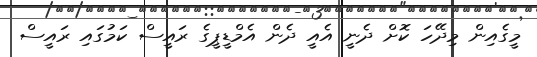
މީގެއިން މިދޭހަ ކޮށް ދެނީ އެއީ ދެން އެމްޑީޕީގެ ރައީސް ކަމުގައި ރައީސް